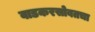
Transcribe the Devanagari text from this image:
वाडकरसोबतचा